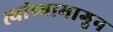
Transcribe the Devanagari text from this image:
त्यांच्यामागुन